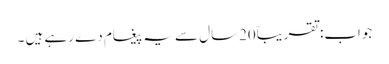
جواب:تقریباّ20سال سے یہ پیغام دے رہے ہیں ۔